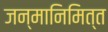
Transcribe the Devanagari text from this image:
जन्मानिमित्त